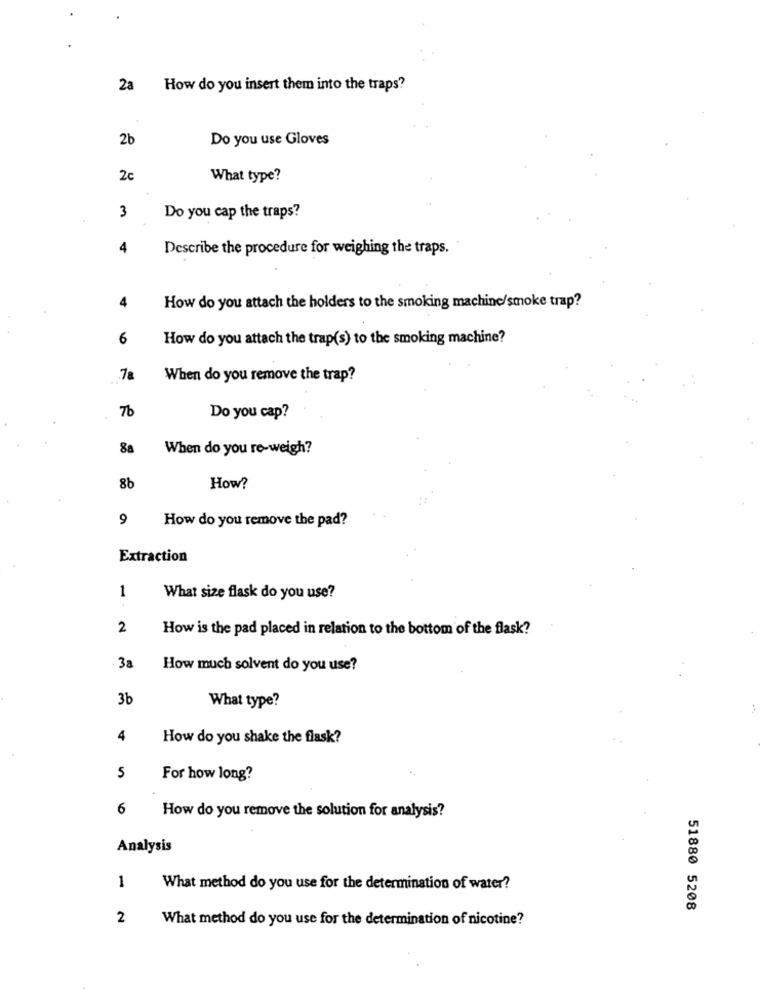
2a
How do you insert them into the traps?
2b
Do you use Gloves
2c
What type?
3
Do you cap the traps?
4
Describe the procedure for weighing the traps.
4
How do you attach the holders to the smoking machine/smoke trap?
6
How do you attach the trap(s) to the smoking machine?
7a
When do you remove the trap?
7b
Do you cap?
8a
When do you re-weigh?
8b
How?
9
How do you remove the pad?
Extraction
1
What size flask do you use?
2
How is the pad placed in relation to the bottom of the flask?
3a
How much solvent do you use?
3b
What type?
4
How do you shake the flask?
5
For how long?
6
How do you remove the solution for analysis?
Analysis
1
What method do you use for the determination of water?
51880 5208
2
What method do you use for the determination of nicotine?